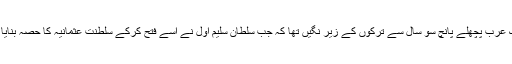
ملک عرب پچھلے پانچ سو سال سے ترکوں کے زیرِ نگیں تھا کہ جب سلطان سلیم اوّل نے اسے فتح کرکے سلطنت عثمانیہ کا حصہ بنایا تھا۔